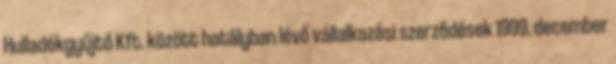
Hulladékgyűjtő Kft. között hatályban lévő vállalkozási szerződések 1999. december